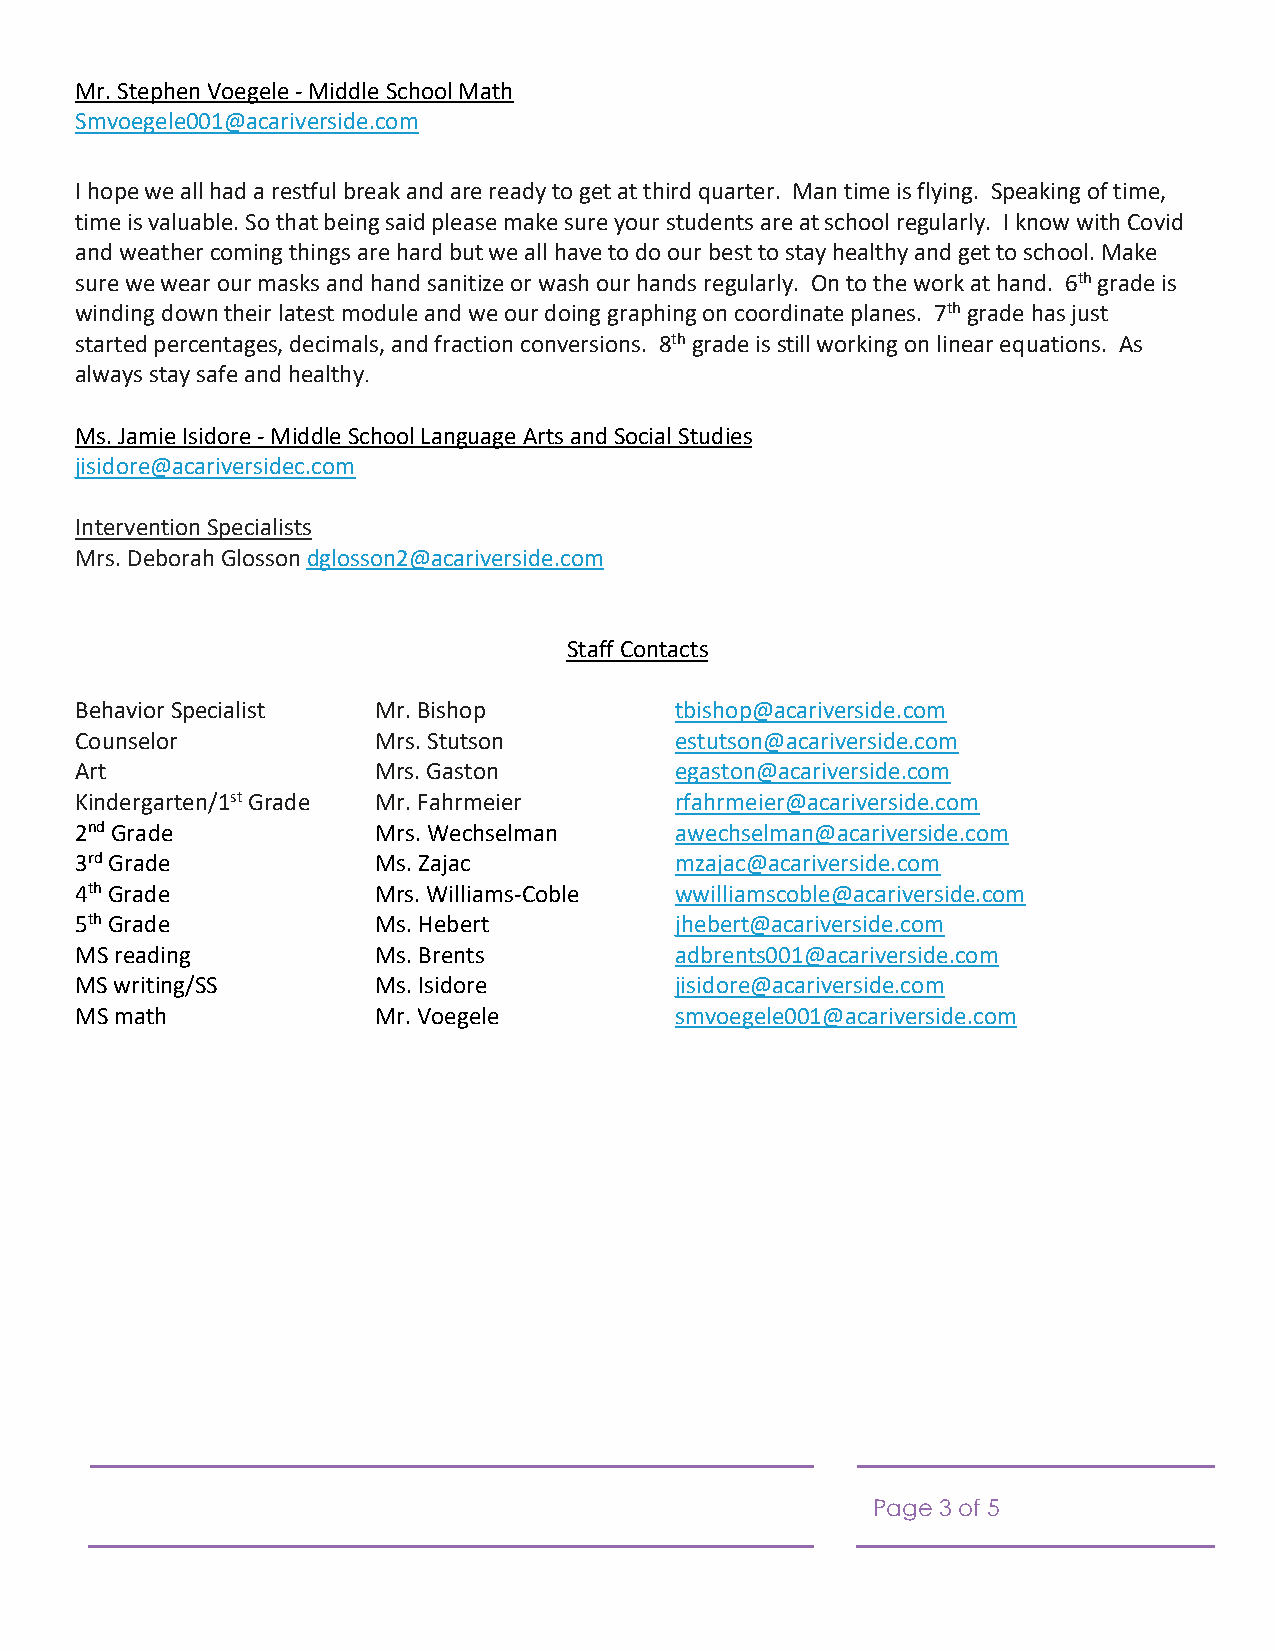
Mr. Stephen Voegele - Middle School Math
 Smvoegele001@acariverside.com
 I hope we all had a restful break and are ready to get at third quarter. Man time is flying. Speaking of time,
 time is valuable. So that being said please make sure your students are at school regularly. I know with Covid
 and weather coming things are hard but we all have to do our best to stay healthy and get to school. Make
 sure we wear our masks and hand sanitize or wash our hands regularly. On to the work at hand. 6th grade is
 winding down their latest module and we our doing graphing on coordinate planes. 7th grade has just
 started percentages, decimals, and fraction conversions. 8th grade is still working on linear equations. As
 always stay safe and healthy.
 Ms. Jamie Isidore - Middle School Language Arts and Social Studies
 jisidore@acariversidec.com
 Intervention Specialists
 Mrs. Deborah Glosson dglosson2@acariverside.com
 Staff Contacts
 Behavior Specialist Mr. Bishop          tbishop@acariverside.com
 Counselor           Mrs. Stutson        estutson@acariverside.com
 Art                 Mrs. Gaston         egaston@acariverside.com
 Kindergarten/1st Grade Mr. Fahrmeier    rfahrmeier@acariverside.com
 2nd Grade           Mrs. Wechselman     awechselman@acariverside.com
 3rd Grade           Ms. Zajac           mzajac@acariverside.com
 4th Grade           Mrs. Williams-Coble wwilliamscoble@acariverside.com
 5th Grade           Ms. Hebert          jhebert@acariverside.com
 MS reading          Ms. Brents          adbrents001@acariverside.com
 MS writing/SS       Ms. Isidore         jisidore@acariverside.com
 MS math             Mr. Voegele         smvoegele001@acariverside.com
 Page 3 of 5